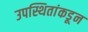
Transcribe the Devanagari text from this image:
उपस्थितांकडून